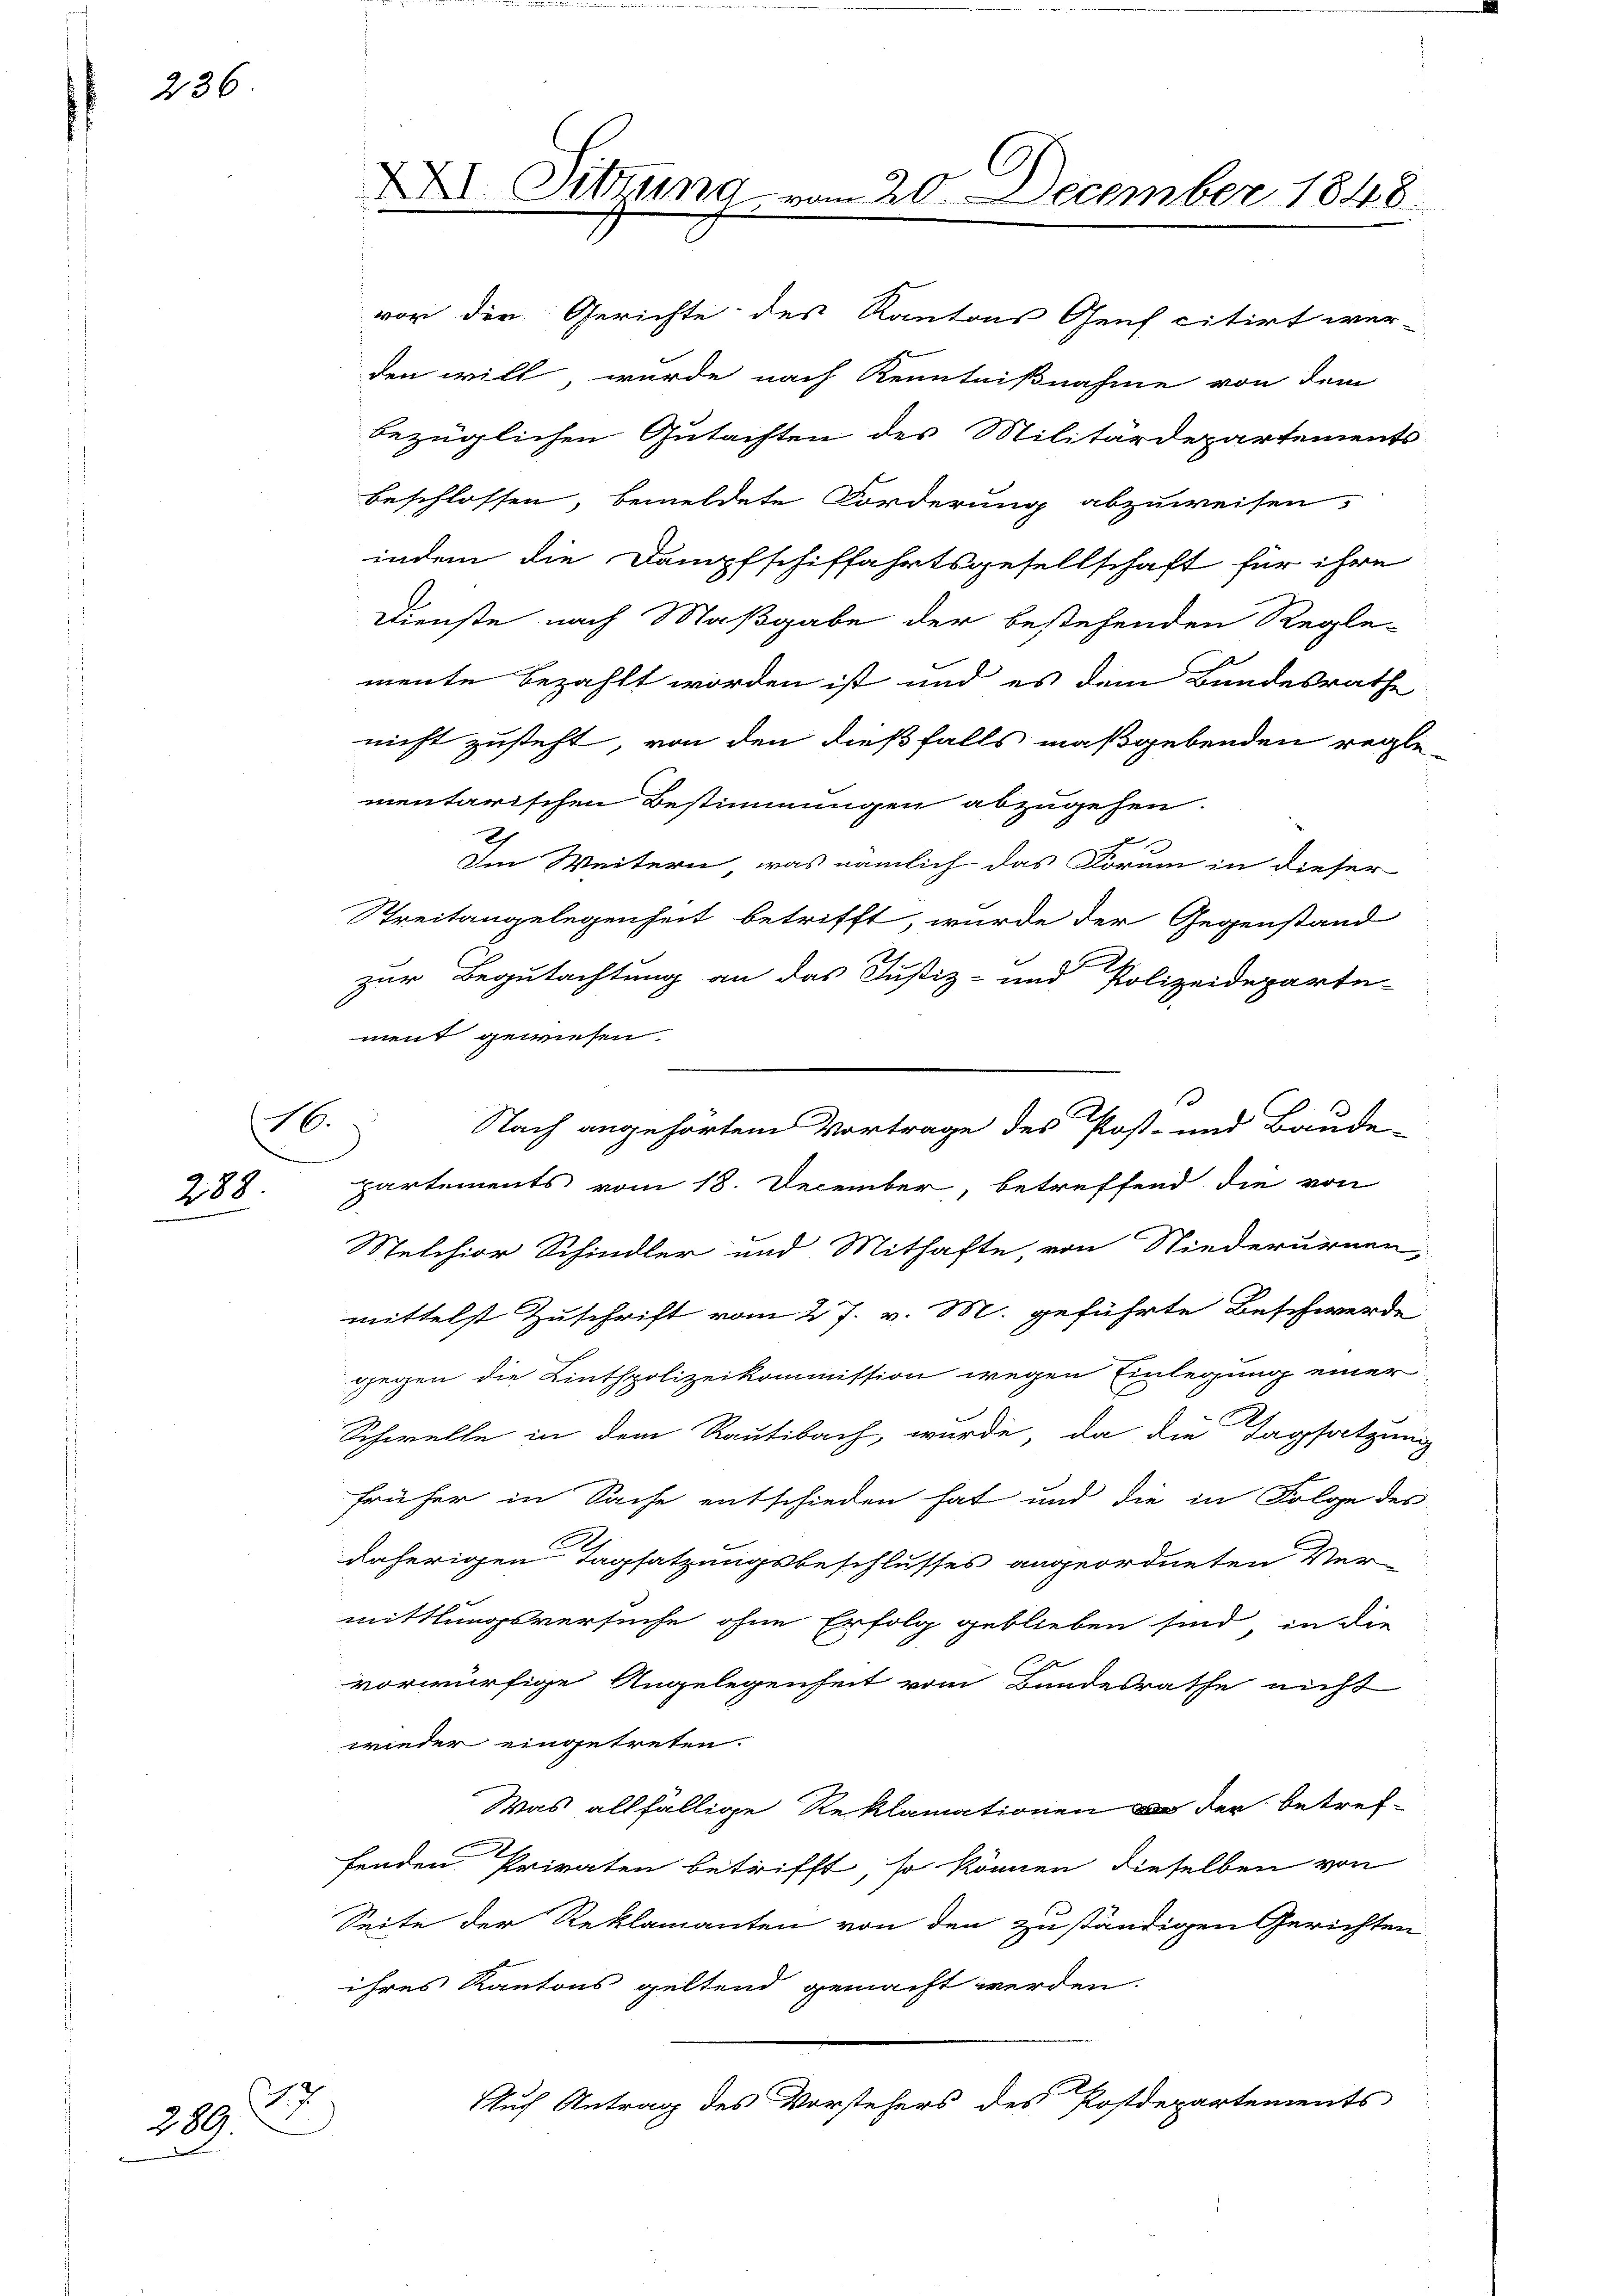
236

16.
288

2897

e

Sitzung vom 20. December 1848.
vor der Gerichte des Kantons Genf citirt wer-
den will, wurde nach Kenntnißnahme von dem
bezüglichen Gutachten des Militärdepartements

Beschlossen, bemeldete Forderung abzuweisen,
indem die Dampfschiffahrtsgesellschaft für ihre
Dienste nach Maßgabe der bestehenden Regle-
mente bezahlt worden ist und es dem Bundesrathe
nicht zusteht, von den dießfalls maßgebenden regle-
mentarischen Bestimmungen abzugehen.
Im Weitern, was nämlich das Forum in dieser
Streitangelegenheit betrifft, wurde der Gegenstand
zur Begutachtung an das Justiz- und Polizeideparte-
ment gewiesen.
partements vom 18. December, betreffend die von
Melchior Schindler und Mithafte, von Niederurnen,
mittelst Zuschrift vom 27. v. M. geführte Beschwerde
gegen die Linthpolizeikommission wegen Einlegung einer
Schwelle in dem Rautibach, wurde, da die Tagsatzung
früher in Sache entschieden hat und die in Folge des
daherigen Tagsatzungsbeschlusses angeordneten Ver-
mittlungsversuche ohne Erfolg geblieben sind, in die
vorwürfige Angelegenheit vom Bundesrathe nicht
wieder eingetreten.
Was allfällige Reklamationen  der betreffenden Privaten betrifft, so können dieselben von
Seite der Reklamanten von den zuständigen Gerichten
ihres Kantons geltend gemacht werden.
Auf Antrag des Vorstehers des Postdepartements

Nach angehörtem Vortrage des Post- und Baude-